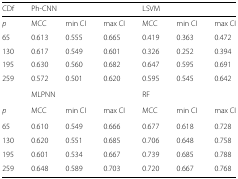
<table><thead><tr><td><b>CDf</b></td><td colspan="3"><b>Ph-CNN</b></td><td colspan="3"><b>LSVM</b></td></tr></thead><tbody><tr><td><i>p</i></td><td>MCC</td><td>min CI</td><td>max CI</td><td>MCC</td><td>min CI</td><td>max CI</td></tr><tr><td>65</td><td>0.613</td><td>0.555</td><td>0.665</td><td>0.419</td><td>0.363</td><td>0.472</td></tr><tr><td>130</td><td>0.617</td><td>0.549</td><td>0.601</td><td>0.326</td><td>0.252</td><td>0.394</td></tr><tr><td>195</td><td>0.630</td><td>0.560</td><td>0.682</td><td>0.647</td><td>0.595</td><td>0.691</td></tr><tr><td>259</td><td>0.572</td><td>0.501</td><td>0.620</td><td>0.595</td><td>0.545</td><td>0.642</td></tr><tr><td>[EMPTY_CELL]</td><td colspan="3">MLPNN</td><td colspan="3">RF</td></tr><tr><td><i>p</i></td><td>MCC</td><td>min CI</td><td>max CI</td><td>MCC</td><td>min CI</td><td>max CI</td></tr><tr><td>65</td><td>0.610</td><td>0.549</td><td>0.666</td><td>0.677</td><td>0.618</td><td>0.728</td></tr><tr><td>130</td><td>0.620</td><td>0.551</td><td>0.685</td><td>0.706</td><td>0.648</td><td>0.758</td></tr><tr><td>195</td><td>0.601</td><td>0.534</td><td>0.667</td><td>0.739</td><td>0.685</td><td>0.788</td></tr><tr><td>259</td><td>0.648</td><td>0.589</td><td>0.703</td><td>0.720</td><td>0.667</td><td>0.768</td></tr></tbody></table>